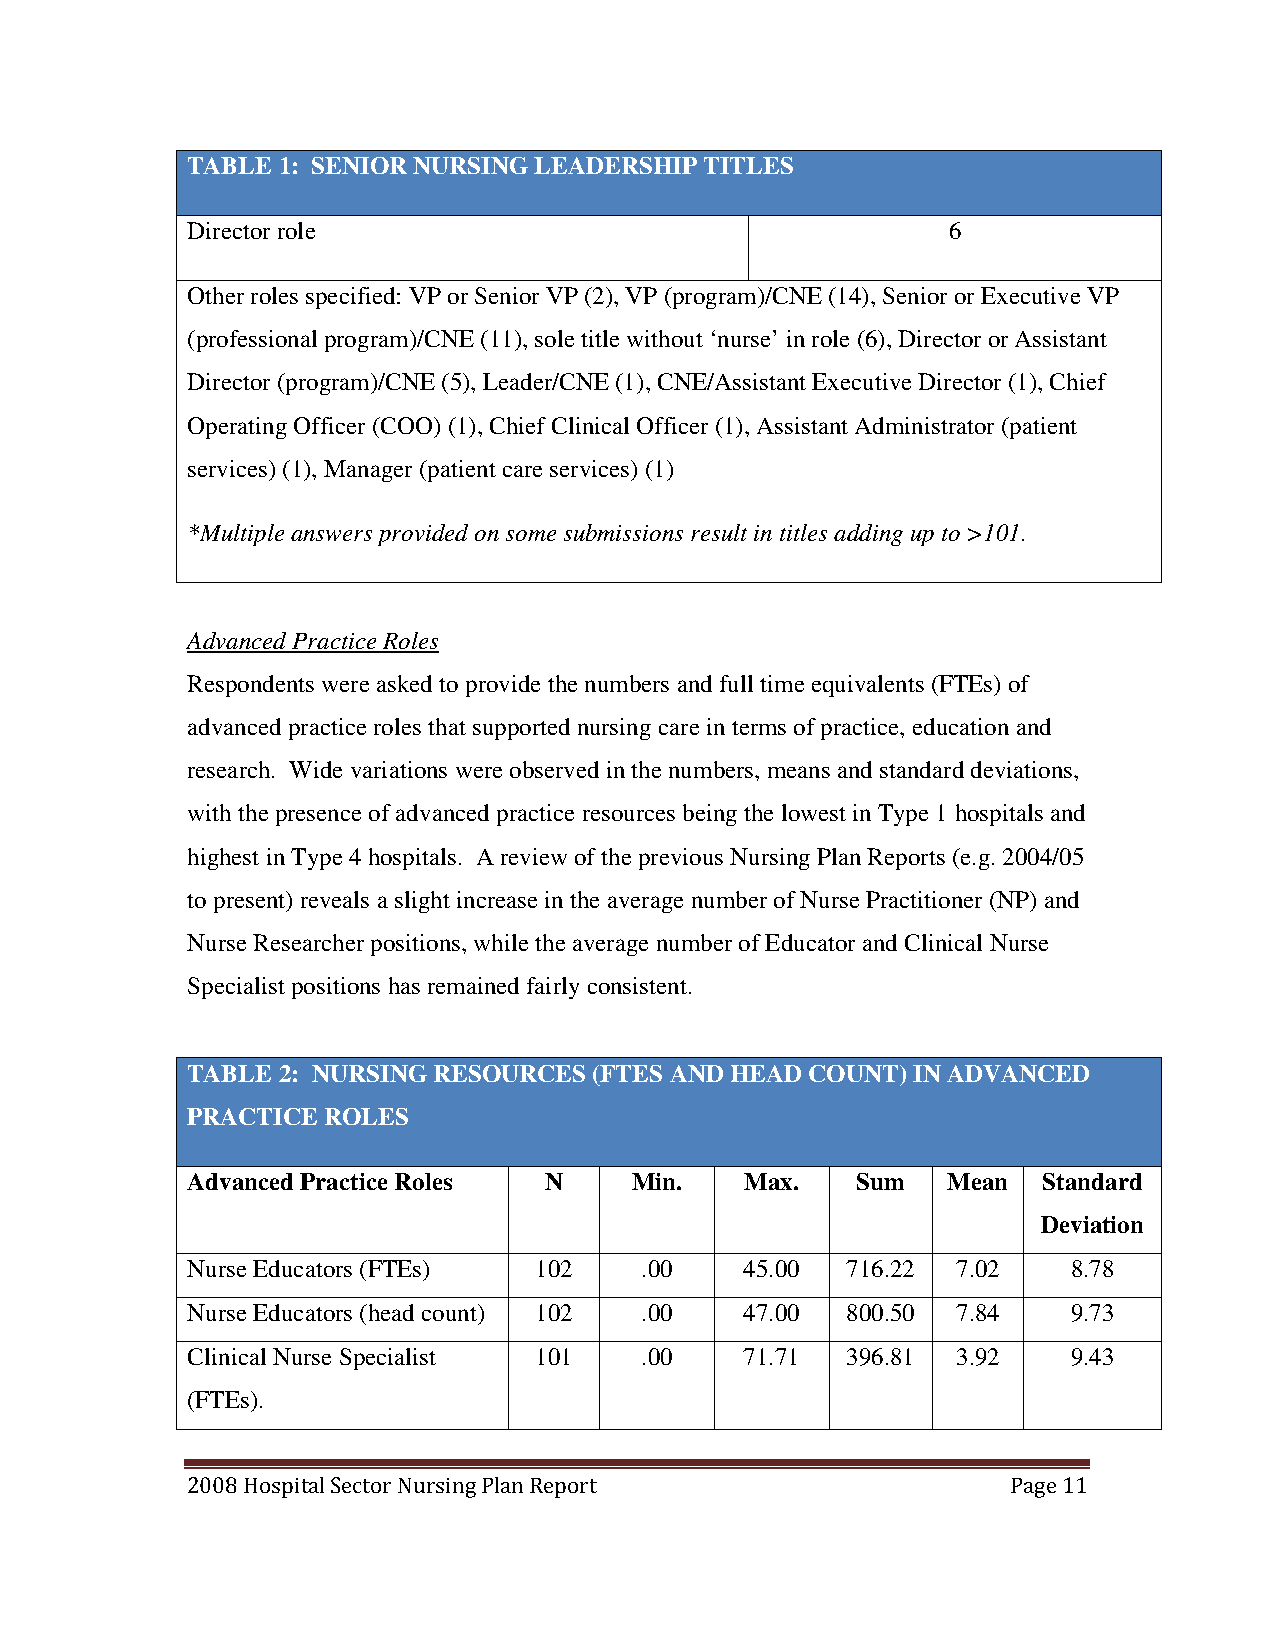
TABLE 1: SENIOR NURSING LEADERSHIP TITLES
 Director role                                      6
 Other roles specified: VP or Senior VP (2), VP (program)/CNE (14), Senior or Executive VP
 (professional program)/CNE (11), sole title without ‘nurse’ in role (6), Director or Assistant
 Director (program)/CNE (5), Leader/CNE (1), CNE/Assistant Executive Director (1), Chief
 Operating Officer (COO) (1), Chief Clinical Officer (1), Assistant Administrator (patient
 services) (1), Manager (patient care services) (1)
 *Multiple answers provided on some submissions result in titles adding up to >101.
 Advanced Practice Roles
 Respondents were asked to provide the numbers and full time equivalents (FTEs) of
 advanced practice roles that supported nursing care in terms of practice, education and
 research. Wide variations were observed in the numbers, means and standard deviations,
 with the presence of advanced practice resources being the lowest in Type 1 hospitals and
 highest in Type 4 hospitals. A review of the previous Nursing Plan Reports (e.g. 2004/05
 to present) reveals a slight increase in the average number of Nurse Practitioner (NP) and
 Nurse Researcher positions, while the average number of Educator and Clinical Nurse
 Specialist positions has remained fairly consistent.
 TABLE 2: NURSING RESOURCES (FTES AND HEAD COUNT) IN ADVANCED
 PRACTICE ROLES
 Advanced Practice Roles N     Min.   Max.    Sum   Mean  Standard
 Deviation
 Nurse Educators (FTEs) 1 0 2  . 0 0  4 5 . 0 0 7 1 6 . 2 2 7.02 8.78
 Nurse Educators (head count) 102 .00 47.00  800.50 7.84    9.73
 Clinical Nurse Specialist 101 .00    71.71  396.81 3.92    9.43
 (FTEs).
 2008 Hospital Sector Nursing Plan Report               Page 11